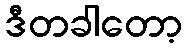
ဒီတခါတော့